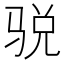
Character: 𱅙